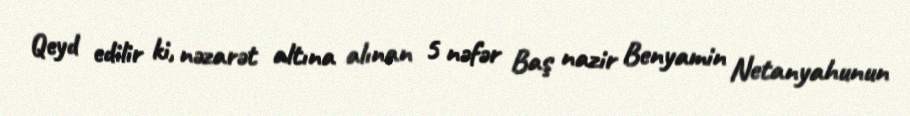
Qeyd edilir ki, nəzarət altına alınan 5 nəfər Baş nazir Benyamin Netanyahunun